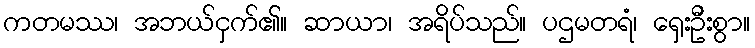
ကတမဿ၊ အဘယ်ငှက်၏။ ဆာယာ၊ အရိပ်သည်။ ပဌမတရံ၊ ရှေးဦးစွာ။